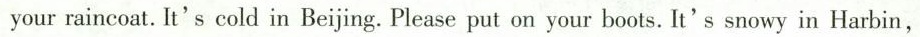
your raincoat. It's cold in Beijing. Please put on your boots. It's snowy in Harbin,